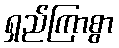
ရှည်ကြာစွာ